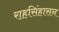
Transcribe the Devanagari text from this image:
राहसिंहासन